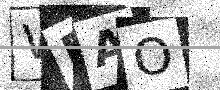
Text: WBAO